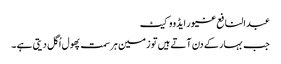
عبدالنافع غیور ایڈووکیٹ
جب بہار کے دن آتے ہیں تو زمین ہر سمت پھول اُگل دیتی ہے ۔